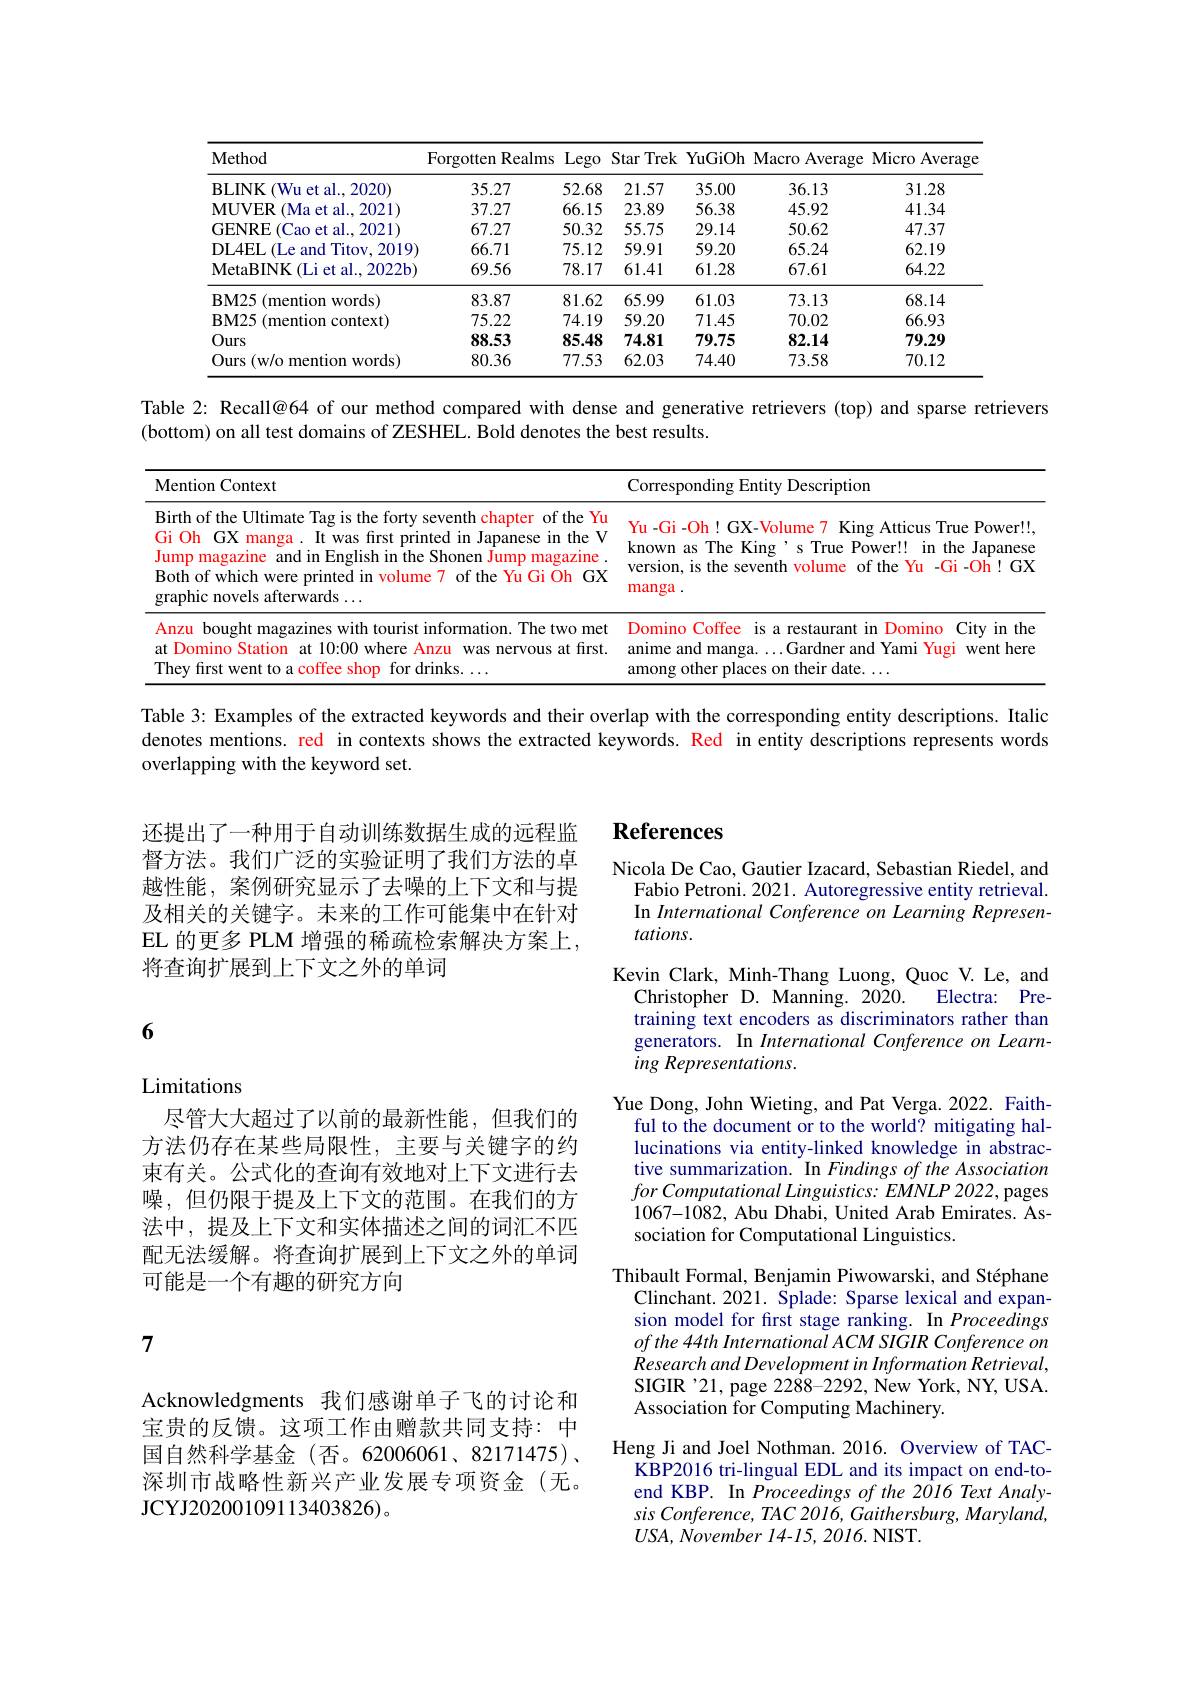
<table>
	<tbody>
		<tr>
			<th>Method</th>
			<th>Forgotten Realms</th>
			<th>Lego</th>
			<th>Star Trek</th>
			<th>YuGiOh</th>
			<th>Macro Average</th>
			<th>Micro Average</th>
		</tr>
		<tr>
			<td>BLINK (Wu et al..2020)</td>
			<td>35.27</td>
			<td>52.68</td>
			<td>21.57</td>
			<td>35.00</td>
			<td>36.13</td>
			<td>31.28</td>
		</tr>
		<tr>
			<td>MUVER (Ma et al., 2021)</td>
			<td>37.27</td>
			<td>66.15</td>
			<td>23.89</td>
			<td>56.38</td>
			<td>45.92</td>
			<td>41.34</td>
		</tr>
		<tr>
			<td>GENRE (Cao et al..2021)</td>
			<td>67.27</td>
			<td>50.32</td>
			<td>55.75</td>
			<td>29.14</td>
			<td>50.62</td>
			<td>47.37</td>
		</tr>
		<tr>
			<td>DL4EL( Le and Titov, 2019) </td>
			<td>66.71</td>
			<td>75.12</td>
			<td>59.91</td>
			<td>59.20</td>
			<td>65.24</td>
			<td>62.19</td>
		</tr>
		<tr>
			<td>MetaBINK ( Li et al. , 2022b) </td>
			<td>69.56</td>
			<td>78.17</td>
			<td>61.41</td>
			<td>61.28</td>
			<td>67.61</td>
			<td>64.22</td>
		</tr>
		<tr>
			<td>$\mathbf{BM25}$ (mention words) </td>
			<td>83.87</td>
			<td>81.62</td>
			<td>65.99</td>
			<td>61.03</td>
			<td>73.13</td>
			<td>68.14</td>
		</tr>
		<tr>
			<td>$\mathbf{BM25}$ 11 (mention context)</td>
			<td>75.22</td>
			<td>74.19</td>
			<td>59.20</td>
			<td>71.45</td>
			<td>70.02</td>
			<td>66.93</td>
		</tr>
		<tr>
			<td>Ours</td>
			<td>88.53</td>
			<td>85.48</td>
			<td>74.81</td>
			<td>79.75</td>
			<td>82.14</td>
			<td>79.29</td>
		</tr>
		<tr>
			<td>Ours (w/o mention words)</td>
			<td>80.36</td>
			<td>77.53</td>
			<td>62.03</td>
			<td>74.40</td>
			<td>73.58</td>
			<td>70.12</td>
		</tr>
	</tbody>
</table>

Table 2: Recall@64 of our method compared with dense and generative retrievers (top) and sparse retrievers
(bottom) on all test domains of ZESHEL. Bold denotes the best results.

<table>
	<tbody>
		<tr>
			<th>Mention Context</th>
			<th>Corresponding Entity Description</th>
		</tr>
		<tr>
			<td>Birth of the Ultimate Tag is the forty seventh chapter of the Yu Gi Oh GX manga. It was first printed in Japanese in the V Jump magazine e and in English in the Shonen Jump magazine . Both of which were printed in volume 7 of the Yu Gi Oh GX graphic novels afterwards $\ldots$</td>
			<td>Yu -Gi -Oh! GX-Volume 7 King Atticus True Power!! known as The King's True Power!! in the Japanese version, is the seventh volume of the Yu -Gi -Oh! GX manga.</td>
		</tr>
		<tr>
			<td>Anzu bought magazines with tourist information. The two met at Domino Station n at 10:00 where Anzu 1 was nervous at first They first went to a coffee shop for drinks. </td>
			<td>Domino Coffee is a restaurant in Domino City in the anime and manga...Gardner and Yami Yugi went here among other places on their date.</td>
		</tr>
	</tbody>
</table>

Table 3: Examples of the extracted keywords and their overlap with the corresponding entity descriptions. Italic denotes mentions. red in contexts shows the extracted keywords. Red in entity descriptions represents words overlapping with the keyword set.

# References

还提出了一种用于自动训练数据生成的远程监督方法。我们广泛的实验证明了我们方法的卓越性能，案例研究显示了去噪的上下文和与提及相关的关键字。未来的工作可能集中在针对EL 的更多 PLM 增强的稀疏检索解决方案上， 将查询扩展到上下文之外的单词

6

## Limitations

尽管大大超过了以前的最新性能，但我们的方法仍存在某些局限性，主要与关键字的约束有关。公式化的查询有效地对上下文进行去噪，但仍限于提及上下文的范围。在我们的方法中，提及上下文和实体描述之间的词汇不匹配无法缓解。将查询扩展到上下文之外的单词可能是一个有趣的研究方向

Nicola De Cao, Gautier Izacard, Sebastian Riedel, and
Fabio Petroni. 2021. Autoregressive entity retrieval. In International Conference on Learning Representations.
Kevin Clark, Minh-Thang Luong, Quoc V. Le, and
Christopher D. Manning. 2020.
Electra: Pre-
training text encoders as discriminators rather than generators. In International Conference on Learning Representations.
Yue Dong, John Wieting, and Pat Verga. 2022. Faith-
ful to the document or to the world? mitigating hallucinations via entity-linked knowledge in abstractive summarization. In Findings of the Association for Computational Linguistics: EMNLP 2022, pages 1067-1082, Abu Dhabi, United Arab Emirates. Association for Computational Linguistics.
Thibault Formal, Benjamin Piwowarski, and Stéphane
Clinchant. 2021. Splade: Sparse lexical and expansion model for first stage ranking. In Proceedings ofthe 44th International ACM SIGIR Conference on $ResearchandDevelopmentinInformationRetrieval$, SIGIR'21, page 2288-2292, New York, NY, USA. Association for Computing Machinery.
Heng Ji and Joel Nothman. 2016. Overview of TAC-
KBP2016 tri-lingual EDL and its impact on end-toend KBP. In Proceedings of the 2016 Text Analysis Conference, TAC 2016, Gaithersburg, Maryland, $USA, November$ 14-15,2016.NIST.

7

Acknowledgments 我们感谢单子飞的讨论和宝贵的反馈。这项工作由赠款共同支持：中国自然科学基金(否。62006061、82171475)、 深圳市战略性新兴产业发展专项资金(无。JCYJ20200109113403826)。